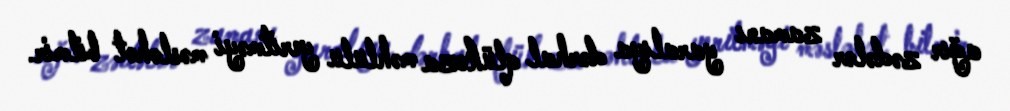
ağır zədələr zamanı yaralıya dərhal qlükoza məhlulu yeritməyi məsləhət bilmir.